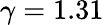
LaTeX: \gamma=1.31